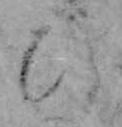
ひ